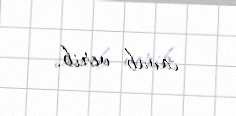
cavab verib.